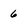
Character: 6